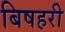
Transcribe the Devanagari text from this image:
बिषहरी